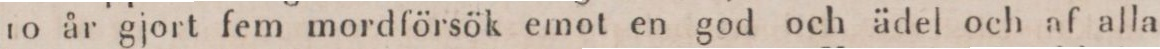
to år gjort fem mordförsök emot en god och ädel och af alla